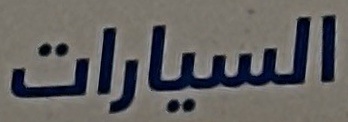
السيارات